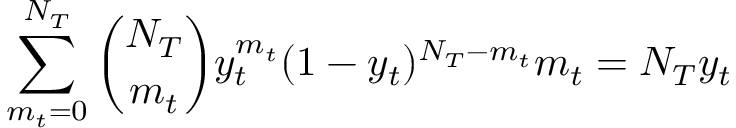
\sum _ { m _ { t } = 0 } ^ { N _ { T } } \binom { N _ { T } } { m _ { t } } y _ { t } ^ { m _ { t } } ( 1 - y _ { t } ) ^ { N _ { T } - m _ { t } } m _ { t } = N _ { T } y _ { t }